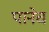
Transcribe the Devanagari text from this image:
पानेच